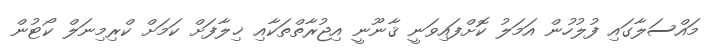
މައްސަލާގައި ފުލުހުން އަމަލު ކޮށްފައިވަނީ ޤާނޫނީ އިޖުރާތްތަކާއި ޚިލާފަށް ކަމަށް ކްރިމިނަލް ކޯޓުން